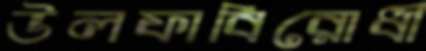
উলফাবিরোধী